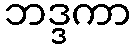
ဘဒ္ဒကာ